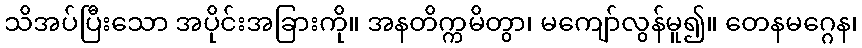
သိအပ်ပြီးသော အပိုင်းအခြားကို။ အနတိက္ကမိတွာ၊ မကျော်လွန်မူ၍။ တေနမဂ္ဂေန၊